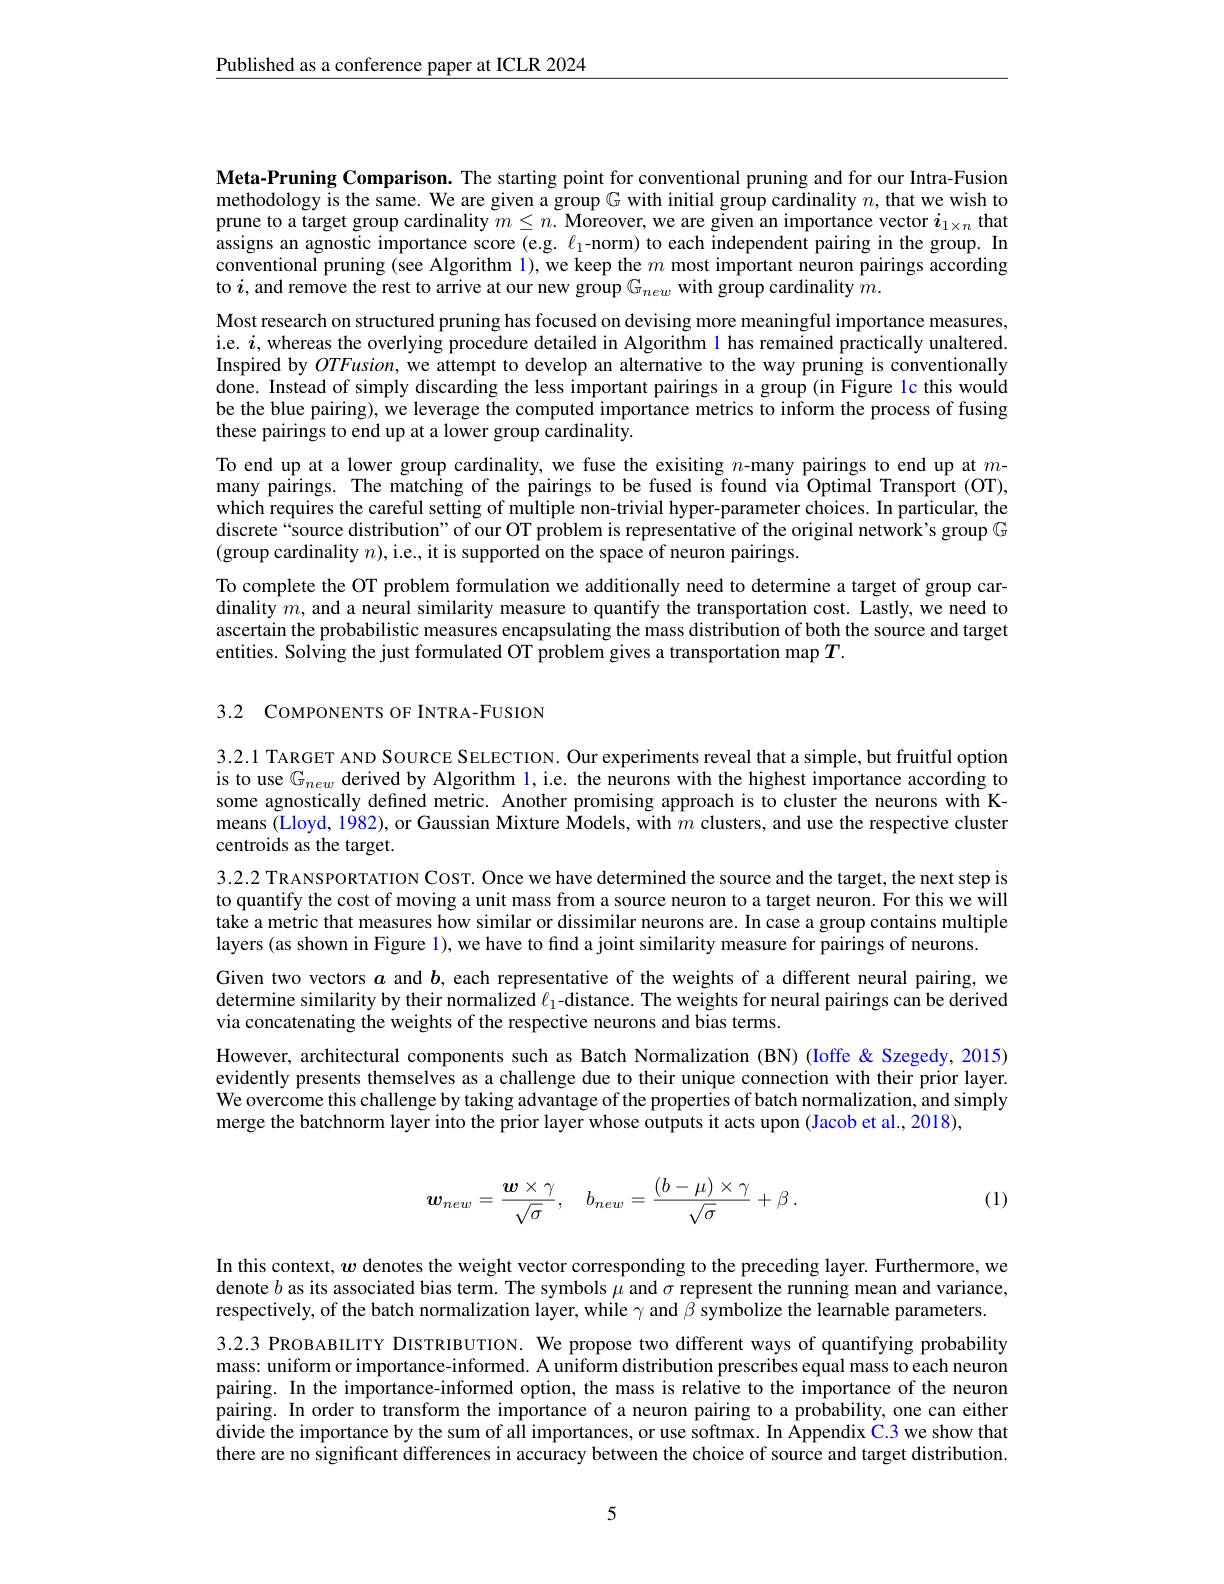
$\underline{\text{Published as a conference paper at ICLR 2024}}$

Meta-Pruning Comparison. The starting point for conventional pruning and for our Intra-Fusion methodology is the same. We are given a group $G$ with initial group cardinality $n$, that we wish to prune to a target group cardinality $m\leq n.$ Moreover, we are given an importance vector $i_{1\times n}$ that assigns an agnostic importance score (e.g. $\ell_1$-norm) to each independent pairing in the group. In conventional pruning (see Algorithm 1), we keep the $m$ most important neuron pairings according to $i$, and remove the rest to arrive at our new group $G_{new}$ with group cardinality $\hat m.$
Most research on structured pruning has focused on devising more meaningful importance measures, i.e. $i$, whereas the overlying procedure detailed in Algorithm l has remained practically unaltered. Inspired by $OTFusion$, we attempt to develop an alternative to the way pruning is conventionally done. Instead of simply discarding the less important pairings in a group (in Figure 1c this would be the blue pairing), we leverage the computed importance metrics to inform the process of fusing these pairings to end up at a lower group cardinality.
To end up at a lower group cardinality, we fuse the exisiting $n$-many pairings to end up at $m$- many pairings. The matching of the pairings to be fused is found via Optimal Transport (OT), which requires the careful setting of multiple non-trivial hyper-parameter choices. In particular, the discrete“source distribution” of our OT problem is representative of the original network’s group $\mathbb{G}$ (group cardinality $n)$,i.e., it is supported on the space of neuron pairings.
To complete the OT problem formulation we additionally need to determine a target of group cardinality $m$, and a neural similarity measure to quantify the transportation cost. Lastly, we need to ascertain the probabilistic measures encapsulating the mass distribution of both the source and target entities. Solving the just formulated OT problem gives a transportation map $T.$

3.2 COMPONENTS OF INTRA-FUSION

3.2.1 TARGET AND SOURCE SELECTION. Our experiments reveal that a simple, but fruitful option is to use $G_{new}$ derived by Algorithm l, i.e. the neurons with the highest importance according to some agnostically defined metric. Another promising approach is to cluster the neurons with Kmeans (Lloyd, 1982), or Gaussian Mixture Models, with $m$ clusters, and use the respective cluster centroids as the target.
3.2.2 TRANSPORTATION COST. Once we have determined the source and the target, the next step is to quantify the cost of moving a unit mass from a source neuron to a target neuron. For this we will take a metric that measures how similar or dissimilar neurons are. In case a group contains multiple layers (as shown in Figure 1), we have to find a joint similarity measure for pairings of neurons
Given two vectors $a$ and $b$, each representative of the weights of a different neural pairing, we determine similarity by their normalized $\ell_1$-distance. The weights for neural pairings can be derived via concatenating the weights of the respective neurons and bias terms.
However, architectural components such as Batch Normalization (BN) (Ioffe &Szegedy, 2015) evidently presents themselves as a challenge due to their unique connection with their prior layer. We overcome this challenge by taking advantage of the properties of batch normalization, and simply merge the batchnorm layer into the prior layer whose outputs it acts upon (Jacob et al., 2018),

(1)
$$\boldsymbol w_{new}=\frac{\boldsymbol w\times\gamma}{\sqrt{\sigma}},\quad b_{new}=\frac{(b-\mu)\times\gamma}{\sqrt{\sigma}}+\beta\:.$$
In this context, $w$ denotes the weight vector corresponding to the preceding layer. Furthermore, we denote $b$ as its associated bias term. The symbols $\mu$ and $\sigma$ represent the running mean and variance, respectively, of the batch normalization layer, while $\gamma$ and $\beta$ symbolize the learnable parameters.

3.2.3 PROBABILITY DISTRIBUTION. We propose two different ways of quantifying probability mass: uniform or importance-informed. A uniform distribution prescribes equal mass to each neuron pairing. In the importance-informed option, the mass is relative to the importance of the neuron pairing. In order to transform the importance of a neuron pairing to a probability, one can either divide the importance by the sum of all importances, or use softmax. In Appendix C.3 we show that there are no significant differences in accuracy between the choice of source and target distribution.

5